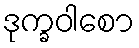
ဒုက္ခဝါစော